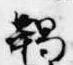
羯